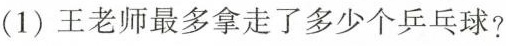
(1)王老师最多拿走了多少个乒乓球?